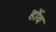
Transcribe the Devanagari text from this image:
र्होव